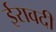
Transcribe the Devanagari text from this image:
ईरावदी